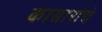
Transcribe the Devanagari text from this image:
कासारांचे